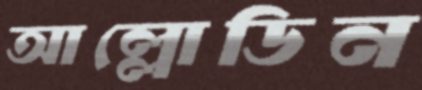
আল্লোডিন